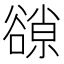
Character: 𧯈